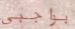
بواجبي